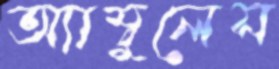
অ্যাম্বুলেস